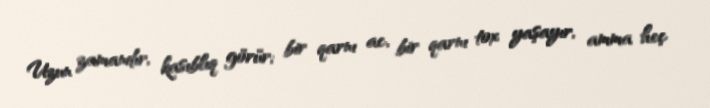
Uzun zamandır, kasıblıq görür; bir qarnı ac, bir qarnı tox yaşayır, amma heç